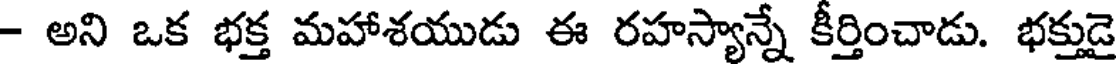
- అని ఒక భక్త మహాశయుడు ఈ రహస్యాన్నే కీర్తించాడు. భక్తుడై